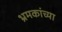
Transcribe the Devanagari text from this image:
भ्रमकांच्या